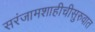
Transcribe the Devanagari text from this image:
सरंजामशाहीचीसुरुवात